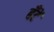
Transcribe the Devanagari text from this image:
बँटें